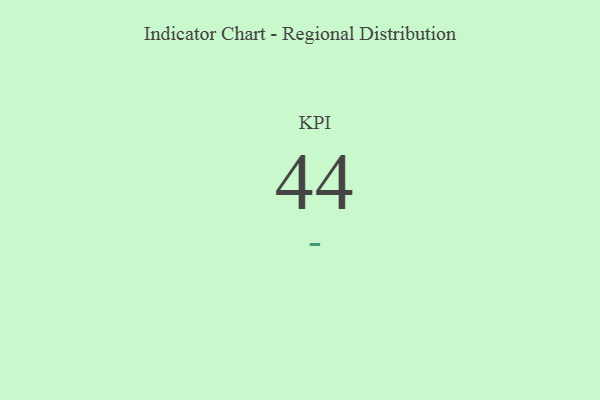
{"axis": {"x": "KPI", "y": "Value"}, "legend": [""], "data": [{"x": "KPI", "y": 44, "type": ""}]}